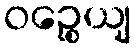
ဝဉ္စေယျ